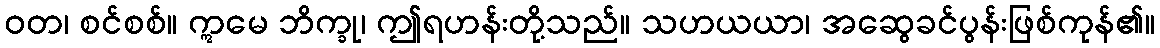
ဝတ၊ စင်စစ်။ ဣမေ ဘိက္ခု၊ ဤရဟန်းတို့သည်။ သဟယယာ၊ အဆွေခင်ပွန်းဖြစ်ကုန်၏။